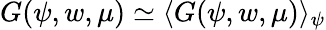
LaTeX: G(\psi,w,\mu)\simeq\langle G(\psi,w,\mu)\rangle_{\psi}